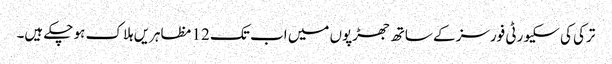
ترکی کی سکیورٹی فورسز کے ساتھ جھڑپوں میں اب تک 12 مظاہریں ہلاک ہو چکے ہیں۔